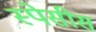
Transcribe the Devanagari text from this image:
स्पेसीस